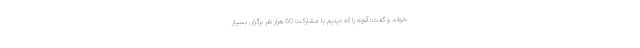
خواند و گفت: آنچه را که دیدیم با مشارکت 60 هزار نفر برگزار. بسیار